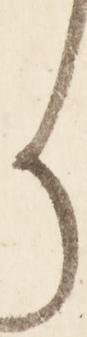
り